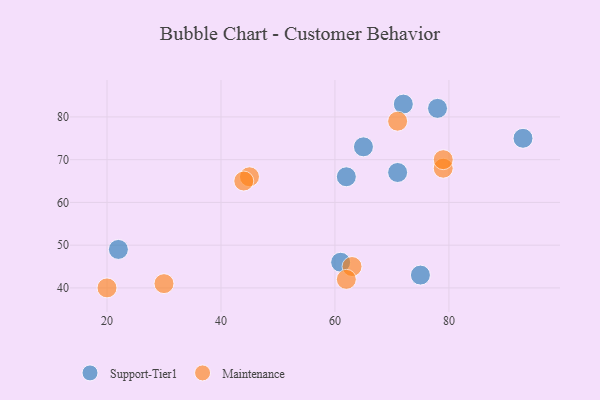
{"axis": {"x": "GDP", "y": "Life Expectancy"}, "legend": ["Maintenance", "Support-Tier1"], "data": [{"x": "65", "y": 73, "type": "Support-Tier1"}, {"x": "75", "y": 43, "type": "Support-Tier1"}, {"x": "22", "y": 49, "type": "Support-Tier1"}, {"x": "93", "y": 75, "type": "Support-Tier1"}, {"x": "71", "y": 67, "type": "Support-Tier1"}, {"x": "62", "y": 66, "type": "Support-Tier1"}, {"x": "61", "y": 46, "type": "Support-Tier1"}, {"x": "78", "y": 82, "type": "Support-Tier1"}, {"x": "72", "y": 83, "type": "Support-Tier1"}, {"x": "45", "y": 66, "type": "Maintenance"}, {"x": "71", "y": 79, "type": "Maintenance"}, {"x": "79", "y": 68, "type": "Maintenance"}, {"x": "30", "y": 41, "type": "Maintenance"}, {"x": "79", "y": 70, "type": "Maintenance"}, {"x": "63", "y": 45, "type": "Maintenance"}, {"x": "62", "y": 42, "type": "Maintenance"}, {"x": "20", "y": 40, "type": "Maintenance"}, {"x": "44", "y": 65, "type": "Maintenance"}]}